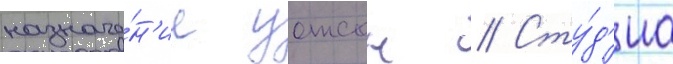
назначе́н'ие уотсон // Сту́д'иа